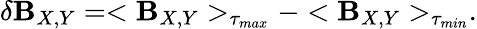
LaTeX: \delta\mathbf{B}_{X,Y}=<\mathbf{B}_{X,Y}>_{\tau_{max}}-<\mathbf{B}_{X,Y}>_{\tau_{min}}.